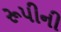
રૂપીની